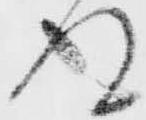
得